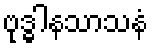
ဗုဒ္ဓါနသာသနံ